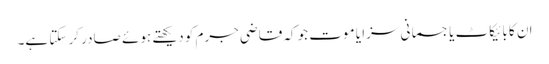
ان کا بائیکاٹ یا جسمانی سزا یا موت جو کہ قاضی جرم کو دیکھتے ہوئے صادر کر سکتا ہے۔